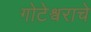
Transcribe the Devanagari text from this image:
गोटेश्वराचे